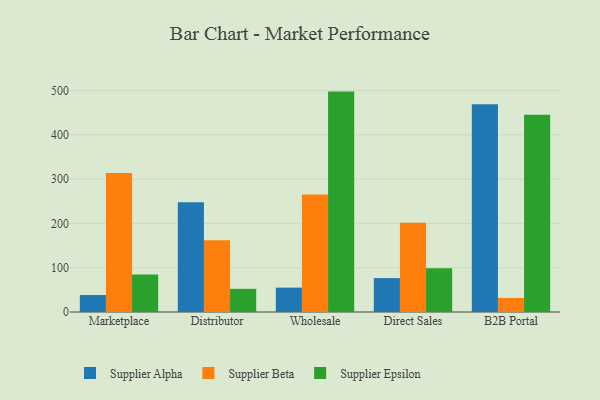
{"axis": {"x": "Channel", "y": "Demand Index"}, "legend": ["Supplier Alpha", "Supplier Beta", "Supplier Epsilon"], "data": [{"x": "Marketplace", "y": 38.3, "type": "Supplier Alpha"}, {"x": "Marketplace", "y": 313.7, "type": "Supplier Beta"}, {"x": "Marketplace", "y": 84.9, "type": "Supplier Epsilon"}, {"x": "Distributor", "y": 247.6, "type": "Supplier Alpha"}, {"x": "Distributor", "y": 161.7, "type": "Supplier Beta"}, {"x": "Distributor", "y": 52.3, "type": "Supplier Epsilon"}, {"x": "Wholesale", "y": 55.0, "type": "Supplier Alpha"}, {"x": "Wholesale", "y": 265.2, "type": "Supplier Beta"}, {"x": "Wholesale", "y": 497.4, "type": "Supplier Epsilon"}, {"x": "Direct Sales", "y": 76.5, "type": "Supplier Alpha"}, {"x": "Direct Sales", "y": 201.2, "type": "Supplier Beta"}, {"x": "Direct Sales", "y": 98.7, "type": "Supplier Epsilon"}, {"x": "B2B Portal", "y": 469.1, "type": "Supplier Alpha"}, {"x": "B2B Portal", "y": 31.7, "type": "Supplier Beta"}, {"x": "B2B Portal", "y": 444.9, "type": "Supplier Epsilon"}]}